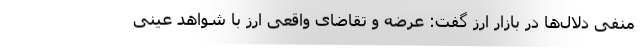
منفی دلال‌ها در بازار ارز گفت: عرضه و تقاضای واقعی ارز با شواهد عینی